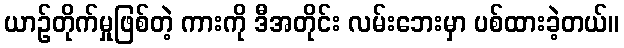
ယာဉ်တိုက်မှုဖြစ်တဲ့ ကားကို ဒီအတိုင်း လမ်းဘေးမှာ ပစ်ထားခဲ့တယ်။